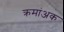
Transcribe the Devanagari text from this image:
क्रमांअक